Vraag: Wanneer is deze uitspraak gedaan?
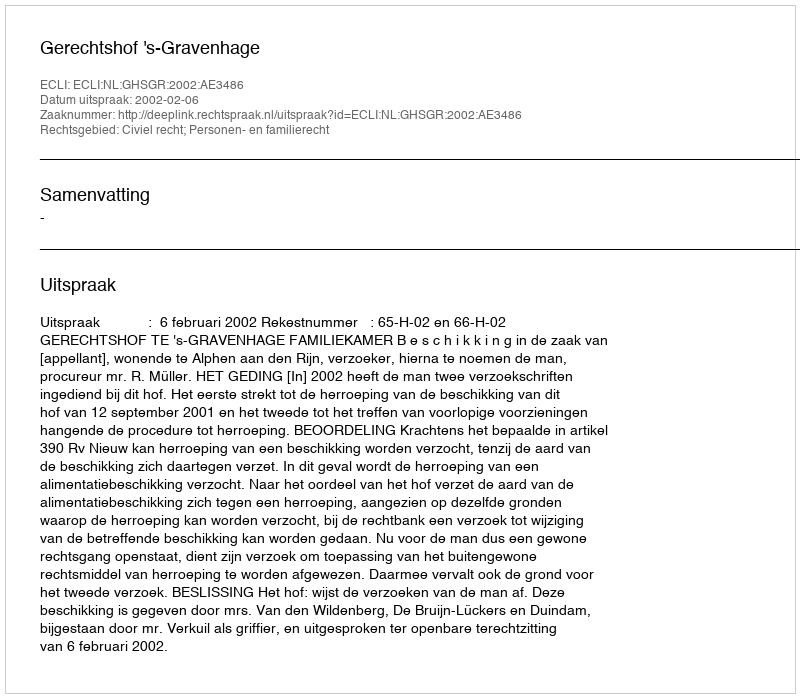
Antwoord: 2002-02-06